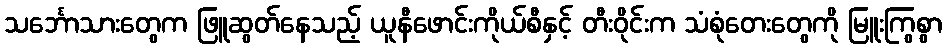
သင်္ဘောသားတွေက ဖြူဆွတ်နေသည့် ယူနီဖောင်းကိုယ်စီနှင့် တီးဝိုင်းက သံစုံတေးတွေကို မြူးကြွစွာ